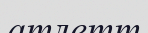
атлетт